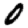
Digit: 0